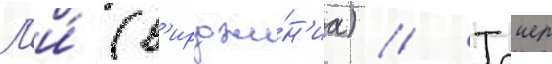
Л'и́ (в'ирджи́н'иа) // Таиер